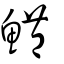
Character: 鱧